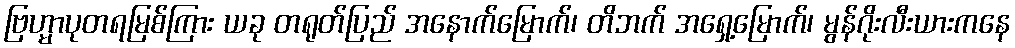
ဗြဟ္မာပုတရမြစ်ကြား ယခု တရုတ်ပြည် အနောက်မြောက်၊ တိဘက် အရှေ့မြောက်၊ မွန်ဂိုးလီးယားကနေ